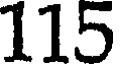
115